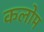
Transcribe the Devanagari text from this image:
कलोम